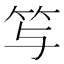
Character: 𥫣